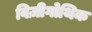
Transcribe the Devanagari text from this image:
विज़ीगोथिक